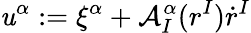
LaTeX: \mathit{u}^{\alpha}:=\xi^{\alpha}+\mathcal{{A}}_{I}^{\alpha}(r^{I})\dot{{r}}^{I}